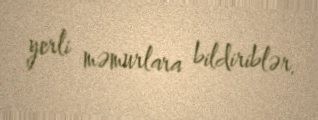
yerli məmurlara bildiriblər.